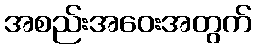
အစည်းအဝေးအတွက်